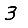
Digit: 3